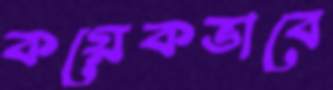
কয়েকভাবে